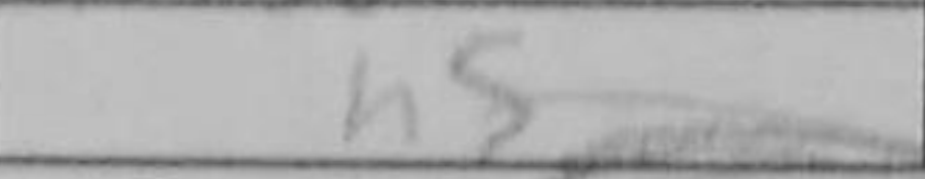
Transcription: h5